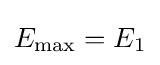
E_{\text{max}}=E_{1}